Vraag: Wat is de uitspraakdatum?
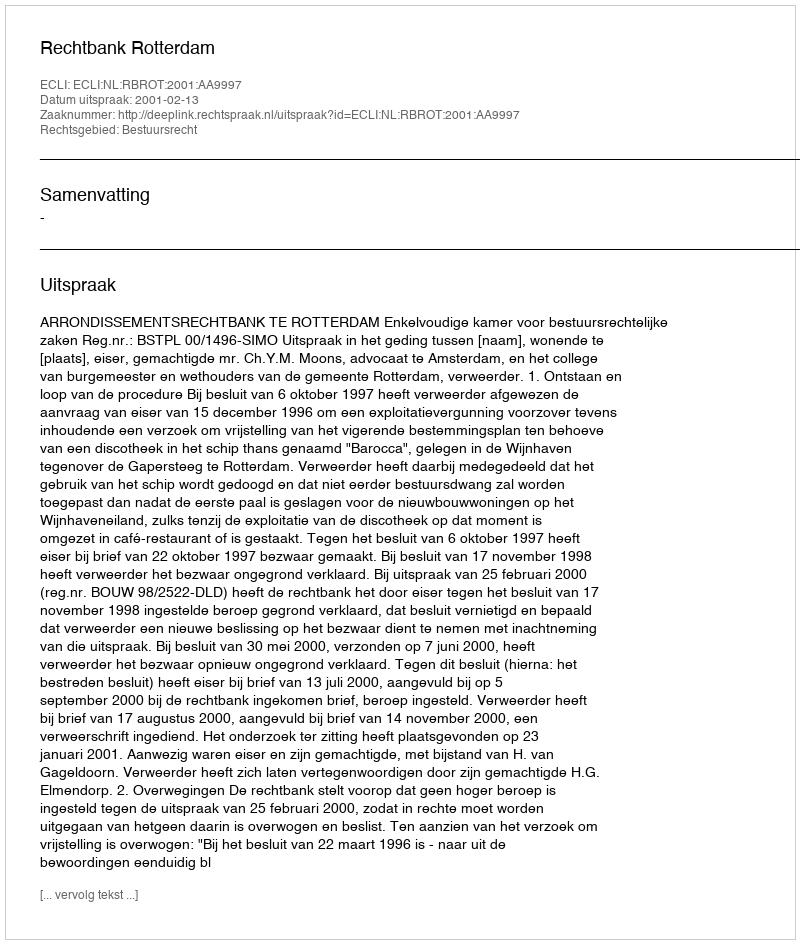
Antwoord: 2001-02-13